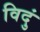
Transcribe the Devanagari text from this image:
विदुं